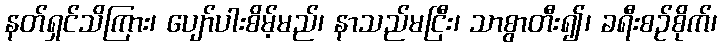
နတ်ရှင်သိကြား၊ ပျော်ပါးစိမ့်မည်၊ နာသည်မငြီး၊ သာစွာတီး၍၊ ခရီးစဉ်စိုက်၊